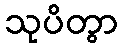
သုပိတွာ